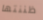
ظننتها